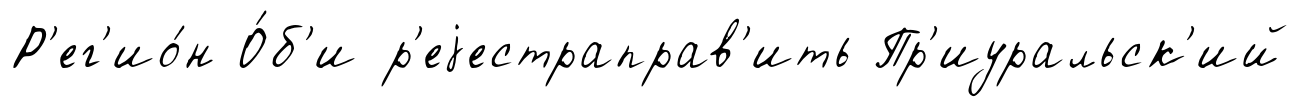
Р'ег'ио́н О́б'и р'еjестраправ'ить Пр'иуральск'ий